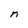
Character: n